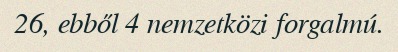
26, ebből 4 nemzetközi forgalmú.